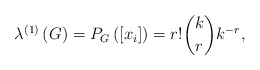
\begin{align*}\lambda^{\left( 1\right) }\left( G\right) =P_{G}\left( \left[x_{i}\right] \right) =r!\binom{k}{r}k^{-r}, \end{align*}